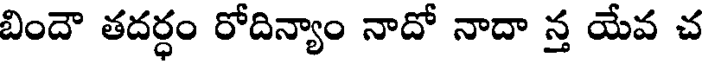
బిందౌ తదర్ధం రోదిన్యాం నాదో నాదా న్త యేవ చ